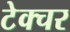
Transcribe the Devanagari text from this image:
टेक्चर